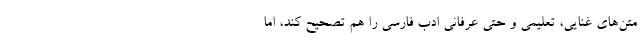
متن‌های غنایی، تعلیمی و حتی عرفانیِ ادب فارسی را هم تصحیح کند، اما